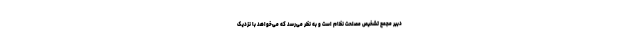
دبیر مجمع تشخیص مصلحت نظام است و به نظر می‌رسد که می‌خواهد با نزدیک